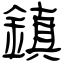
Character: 鎮